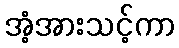
အံ့အားသင့်ကာ